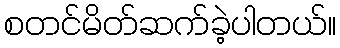
စတင်မိတ်ဆက်ခဲ့ပါတယ်။